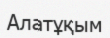
Алатұқым